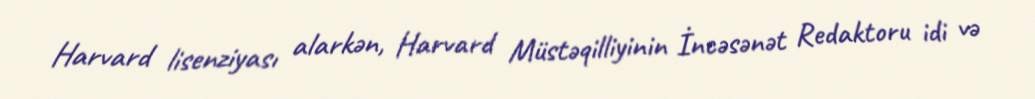
Harvard lisenziyası alarkən, Harvard Müstəqilliyinin İncəsənət Redaktoru idi və